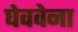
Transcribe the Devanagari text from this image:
घेववेना